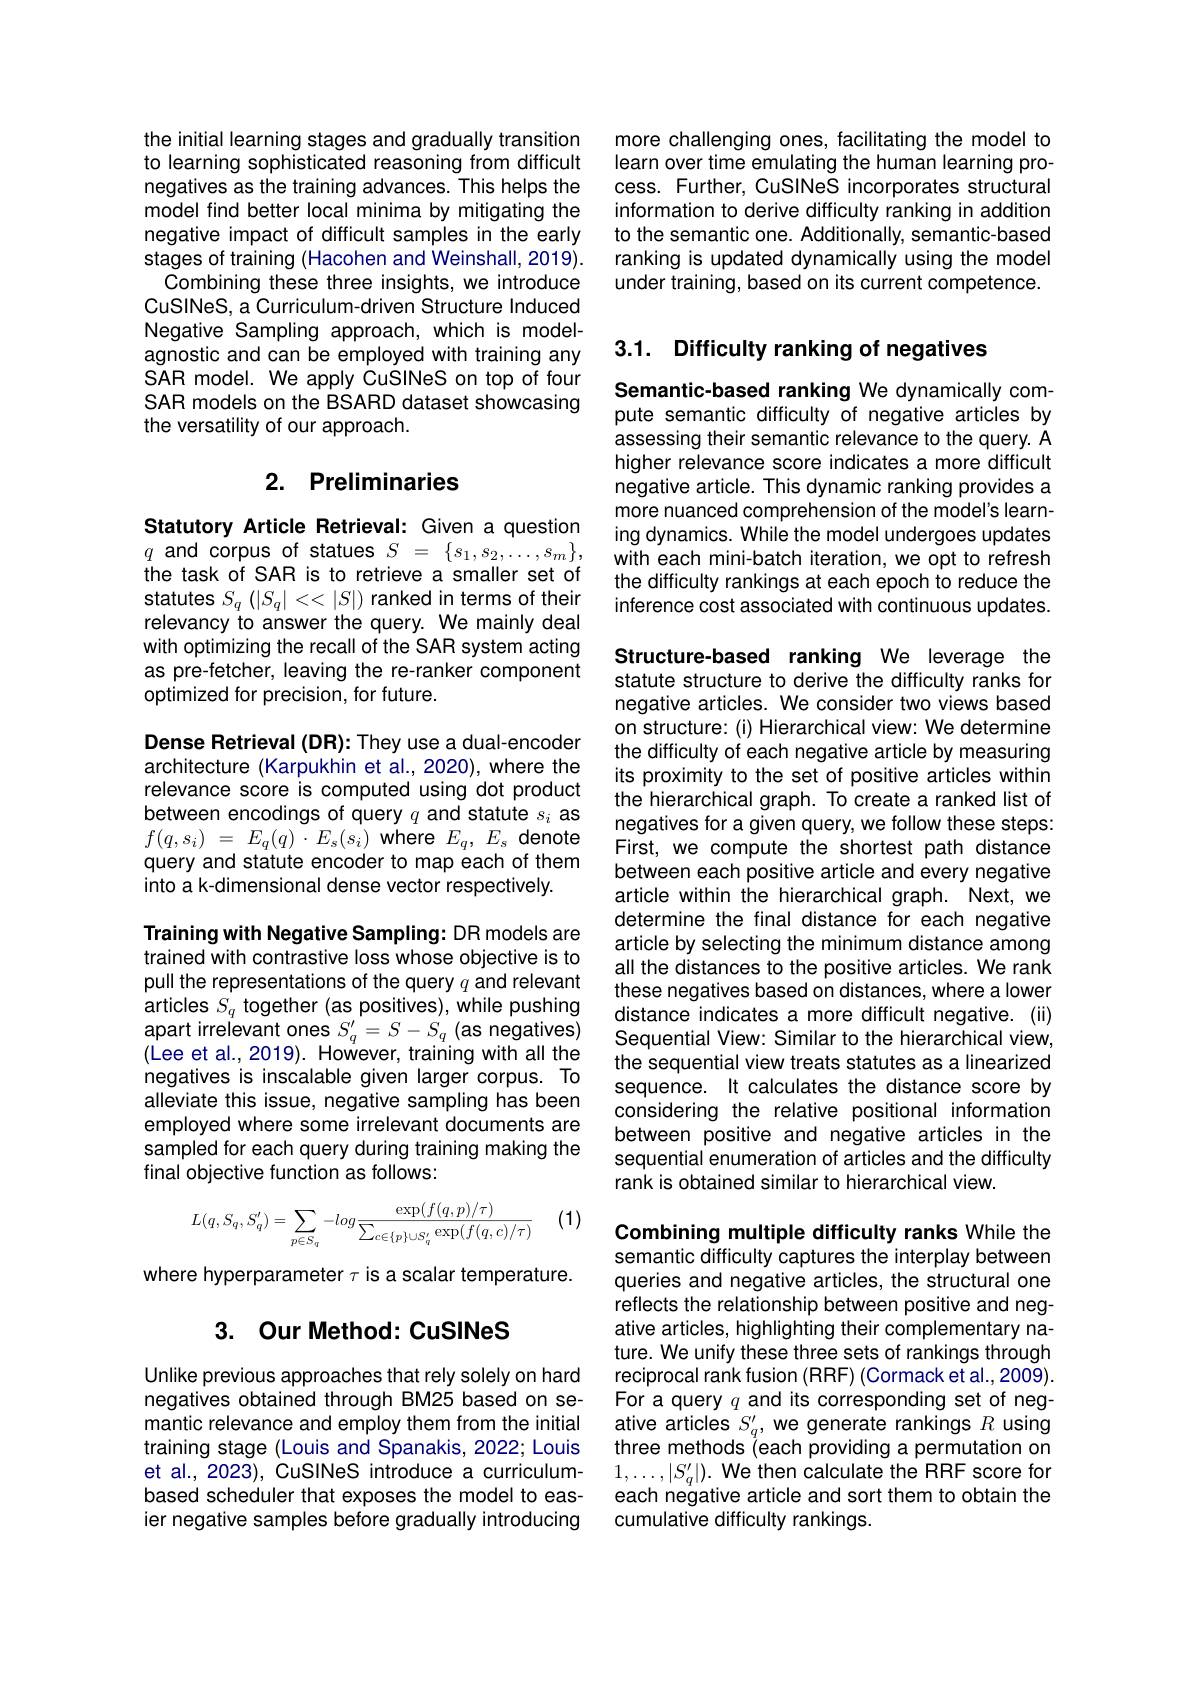
the initial learning stages and gradually transition to learning sophisticated reasoning from difficult negatives as the training advances. This helps the model find better local minima by mitigating the negative impact of difficult samples in the early stages of training (Hacohen and Weinshall, 2019).
Combining these three insights, we introduce CuSINeS, a Curriculum-driven Structure Induced Negative Sampling approach, which is modelagnostic and can be employed with training any SAR model. We apply CuSINeS on top of four SAR models on the BSARD dataset showcasing the versatility of our approach.

## 2. Preliminaries

Statutory Article Retrieval: Given a question $q$ and corpus of statues $S=\{s_1,s_2,\ldots,s_m\}$, the task of SAR is to retrieve a smaller set of statutes $S_q\left(|S_q|<<|S|\right)$ ranked in terms of their relevancy to answer the query. We mainly deal with optimizing the recall of the SAR system acting as pre-fetcher, leaving the re-ranker component optimized for precision, for future.

Dense Retrieval (DR): They use a dual-encoder architecture (Karpukhin et al.,2020), where the relevance score is computed using dot product between encodings of query $q$ and statute $s_i$ as $f(q,s_{i})~=~E_{q}(q)~\cdot~E_{s}(s_{i})~$where $E_{q},~E_{s}~$denote query and statute encoder to map each of them into a k-dimensional dense vector respectively.

Training with Negative Sampling: DR models are trained with contrastive loss whose objective is to pull the representations of the query $q$ and relevant articles $S_q$ together (as positives), while pushing apart irrelevant ones $S_q^{\prime}=S-S_q$ (as negatives) (Lee et al., 2019). However, training with all the negatives is inscalable given larger corpus. To alleviate this issue, negative sampling has been employed where some irrelevant documents are sampled for each query during training making the final objective function as follows:

(1)
$$\begin{aligned}L(q,S_q,S_q')&=\sum_{p\in S_q}-log\frac{\exp(f(q,p)/\tau)}{\sum_{c\in\{p\}\cup S_q'}\exp(f(q,c)/\tau)}\end{aligned}$$
where hyperparameter $\tau$ is a scalar temperature.

## 3. Our Method: CuSINeS

Unlike previous approaches that rely solely on hard negatives obtained through BM25 based on semantic relevance and employ them from the initial training stage (Louis and Spanakis, 2022; Louis et al., 2023), CuSINeS introduce a curriculumbased scheduler that exposes the model to easier negative samples before gradually introducing

more challenging ones, facilitating the model to learn over time emulating the human learning process. Further, CuSINeS incorporates structural information to derive difficulty ranking in addition to the semantic one. Additionally, semantic-based ranking is updated dynamically using the model under training, based on its current competence.

## 3.1. Difficulty ranking of negatives

Semantic-based ranking We dynamically compute semantic difficulty of negative articles by assessing their semantic relevance to the query. A higher relevance score indicates a more difficult negative article. This dynamic ranking provides a more nuanced comprehension of the model's learning dynamics. While the model undergoes updates with each mini-batch iteration, we opt to refresh the difficulty rankings at each epoch to reduce the inference cost associated with continuous updates.

Structure-based ranking We leverage the statute structure to derive the difficulty ranks for negative articles. We consider two views based on structure: (i) Hierarchical view: We determine the difficulty of each negative article by measuring its proximity to the set of positive articles within the hierarchical graph. To create a ranked list of negatives for a given query, we follow these steps: First, we compute the shortest path distance between each positive article and every negative article within the hierarchical graph. Next, we determine the final distance for each negative article by selecting the minimum distance among all the distances to the positive articles. We rank these negatives based on distances, where a lower distance indicates a more difficult negative. (ii) Sequential View: Similar to the hierarchical view, the sequential view treats statutes as a linearized sequence. It calculates the distance score by considering the relative positional information between positive and negative articles in the sequential enumeration of articles and the difficulty rank is obtained similar to hierarchical view.

Combining multiple difficulty ranks While the semantic difficulty captures the interplay between queries and negative articles, the structural one reflects the relationship between positive and negative articles, highlighting their complementary nature. We unify these three sets of rankings through reciprocal rank fusion (RRF) (Cormack et al.,2009). For a query $q$ and its corresponding set of negative articles $S_q^{\prime}$, we generate rankings $R$ using three methods (each providing a permutation on $1,\ldots,|S_q^{\prime}|).$ We then calculate the RRF score for each negative article and sort them to obtain the cumulative difficulty rankings.